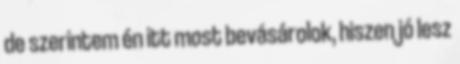
de szerintem én itt most bevásárolok, hiszen jó lesz